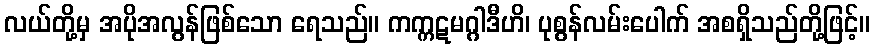
လယ်တို့မှ အပိုအလွန်ဖြစ်သော ရေသည်။ ကက္ကဋမဂ္ဂါဒီဟိ၊ ပုစွန်လမ်းပေါက် အစရှိသည်တို့ဖြင့်။